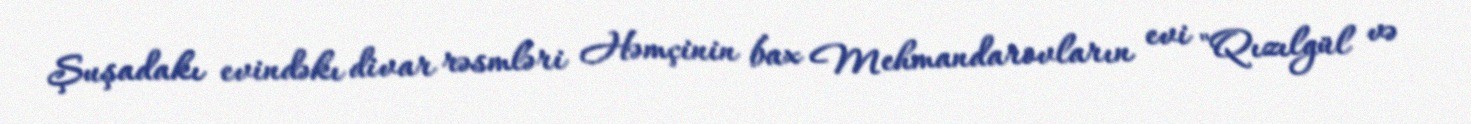
Şuşadakı evindəkı divar rəsmləri Həmçinin bax Mehmandarovların evi "Qızılgül və